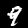
Digit: 9